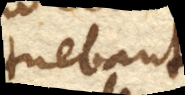
tuebant